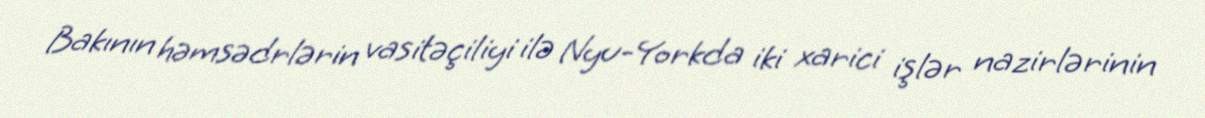
Bakının həmsədrlərin vasitəçiliyi ilə Nyu-Yorkda iki xarici işlər nazirlərinin